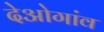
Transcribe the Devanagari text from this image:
देओगांव